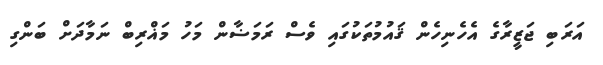
އަރަބި ޖަޒީރާގެ އެހެނިހެން ޤައުމުތަކުގައި ވެސް ރަމަޟާން މަހު މަޣްރިބް ނަމާދަށް ބަންގި